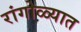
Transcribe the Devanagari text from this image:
रांगोळ्यात